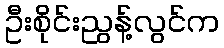
ဦးစိုင်းညွန့်လွင်က